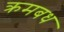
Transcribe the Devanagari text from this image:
क्रमबध